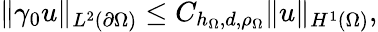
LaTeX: \| \gamma_{0}u\| _{L^{2}(\partial\Omega)}\leq C_{h_{\Omega},d,\rho_{\Omega}}\| u\| _{H^{1}(\Omega)},